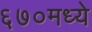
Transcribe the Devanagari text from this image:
६७०मध्ये